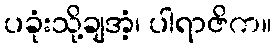
ပခုံးသို့ချအံ့၊ ပါရာဇိက။